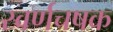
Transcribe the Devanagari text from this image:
स्वर्णचषक